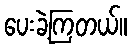
ပေးခဲ့ကြတယ်။